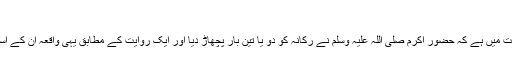
( ابوداؤد )
٭ حافظ مزی کی روایت میں ہے کہ حضور اکرم صلی اللہ علیہ وسلم نے رکانہ کو دو یا تین بار پچھاڑ دیا اور ایک روایت کے مطابق یہی واقعہ ان کے اسلام لانے کا سبب بنا ۔